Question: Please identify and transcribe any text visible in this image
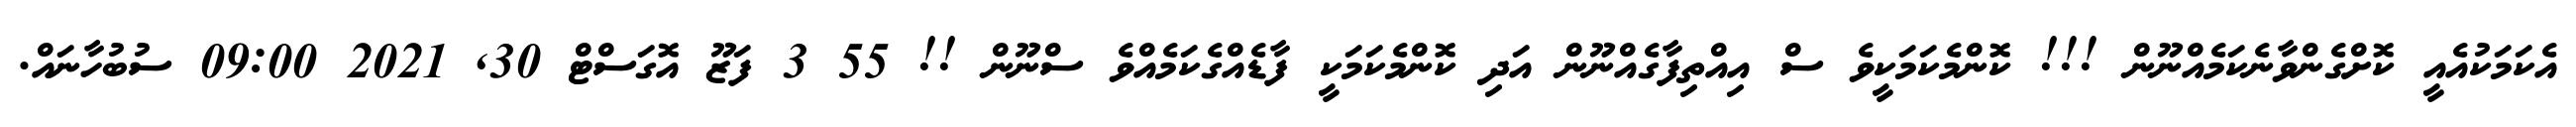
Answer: އެކަމަކުއެއީ ކޮށްގެންވާނެކަމެއްނޫން !!! ކޮންމެކަމަކީވެ ސް އިއްތިފާގެއްނޫން އަދި ކޮންމެކަމަކީ ފާޑެއްގެކަމެއްވެ ސްނޫން !! 55 3 ފަޒޫ އޮގަސްޓް 30, 2021 09:00 ސުބުހާނައް.